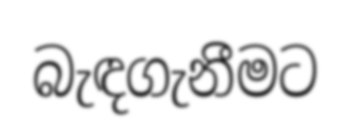
බැඳගැනීමට